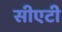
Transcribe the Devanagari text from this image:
सीएटी